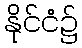
နိုင်ငံ၌